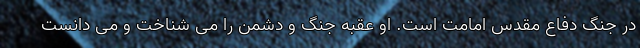
در جنگ دفاع مقدس امامت است. او عقبه جنگ و دشمن را می شناخت و می دانست